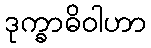
ဒုက္ခာဓိဝါဟာ